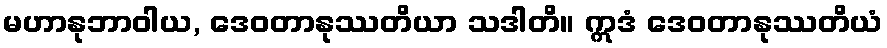
မဟာနုဘာဝါယ, ဒေဝတာနုဿတိယာ သဒါတိ။ ဣဒံ ဒေဝတာနုဿတိယံ